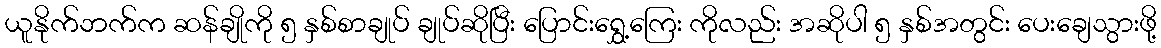
ယူနိုက်ဘက်က ဆန်ချိုကို ၅ နှစ်စာချုပ် ချုပ်ဆိုပြီး ပြောင်းရွှေ့ကြေး ကိုလည်း အဆိုပါ ၅ နှစ်အတွင်း ပေးချေသွားဖို့